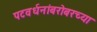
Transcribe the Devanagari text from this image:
पटवर्धनांबरोबरच्या